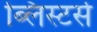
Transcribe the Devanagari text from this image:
ब्लिस्टर्स